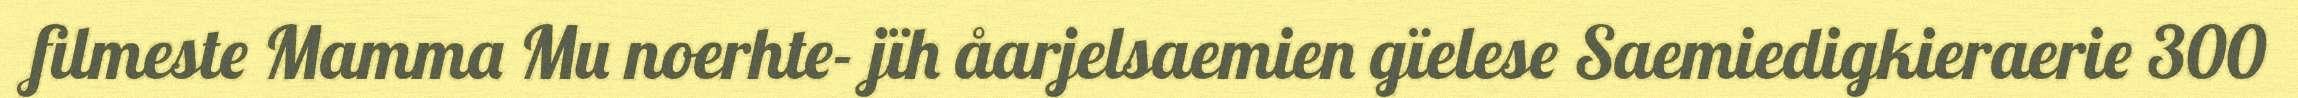
filmeste Mamma Mu noerhte- jïh åarjelsaemien gïelese Saemiedigkieraerie 300